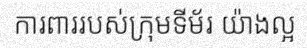
ការពាររបស់ក្រុមទីម័រ យ៉ាងល្អ